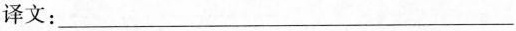
译文：_____